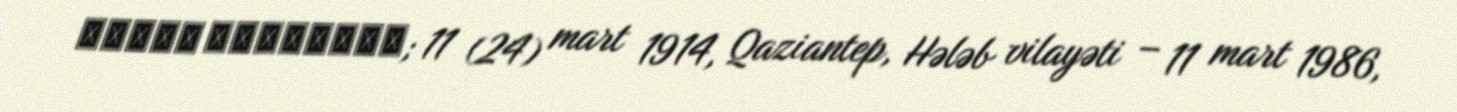
Սիմոն Սիմոնեան; 11 (24) mart 1914, Qaziantep, Hələb vilayəti – 11 mart 1986,